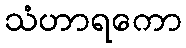
သံဟာရကော